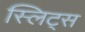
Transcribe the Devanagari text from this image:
स्लिट्स